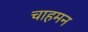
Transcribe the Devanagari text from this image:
चाहमन